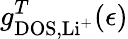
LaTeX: g_{\mathrm{DOS},\mathrm{Li^{+}}}^{T}(\epsilon)